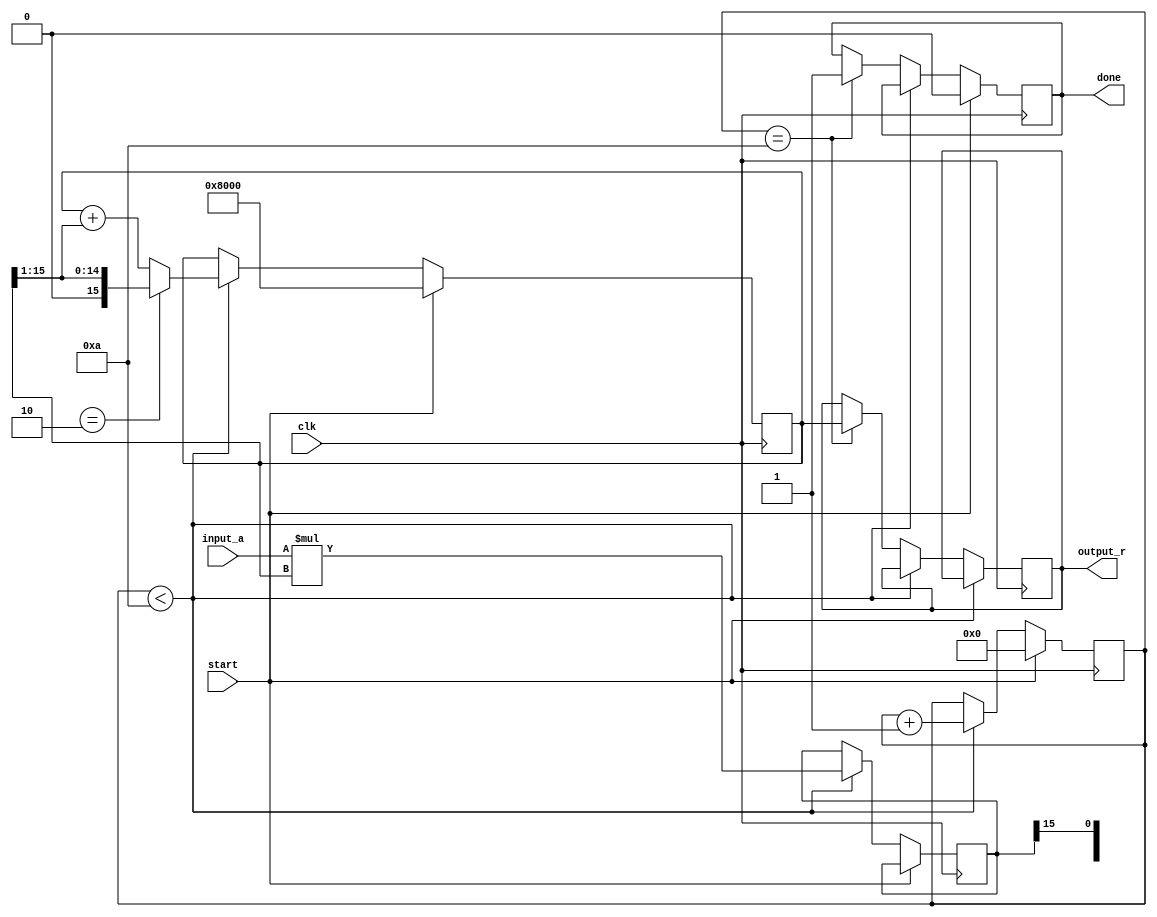
module bitwise_reciprocal #(
    parameter N = 16, // Define the bit-width of the input and output
    parameter MAX_ITERATIONS = 10 // Define maximum iterations for convergence
)(
    input  wire [N-1:0] input_a, // Input: n-bit unsigned integer
    output reg  [N-1:0] output_r, // Output: n-bit unsigned integer reciprocal
    input  wire clk, // Clock signal
    input  wire start, // Start signal for the computation
    output reg done // Done signal to indicate completion
);

    reg [N-1:0] estimate; // Current estimate of the reciprocal
    reg [N-1:0] temp_product; // Temporary product for calculations
    reg [3:0] iteration_count; // Iteration counter

    always @(posedge clk) begin
        if (start) begin
            // Initialization
            estimate <= {1'b1, {N-1{1'b0}}}; // Initialize estimate to 2^N
            iteration_count <= 0;
            done <= 0;
        end else if (iteration_count < MAX_ITERATIONS) begin
            // Iterative approximation using Newton-Raphson method
            // Update the estimate: estimate = estimate * (2 - (input_a * estimate))
            temp_product <= input_a * estimate;

            // Check if the product is greater than 2^N, if so, adjust estimate
            if (temp_product[N-1:N] == 2'b10) begin
                estimate <= estimate >> 1; // Shift right if product is too high
            end else begin
                estimate <= estimate + (estimate >> 1); // Refine estimate
            end

            // Increment iteration count
            iteration_count <= iteration_count + 1;
        end else if (iteration_count == MAX_ITERATIONS) begin
            // Finalize the output after reaching max iterations
            output_r <= estimate;
            done <= 1; // Set done signal to indicate completion
        end
    end
endmodule